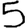
Digit: 5